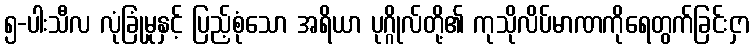
၅-ပါးသီလ လုံခြုံမှုနှင့် ပြည့်စုံသော အရိယာ ပုဂ္ဂိုလ်တို့၏ ကုသိုလိပ်မာဏကိုရေတွက်ခြင်းငှာ